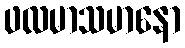
ဖလမာသမာနော